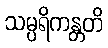
သမ္ပရိကန္တတိ